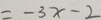
= - 3 x - 2